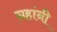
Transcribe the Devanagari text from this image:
ग्रहांनी